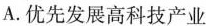
A.优先发展高科技产业